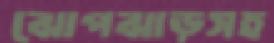
ঝোপঝাড়সহ